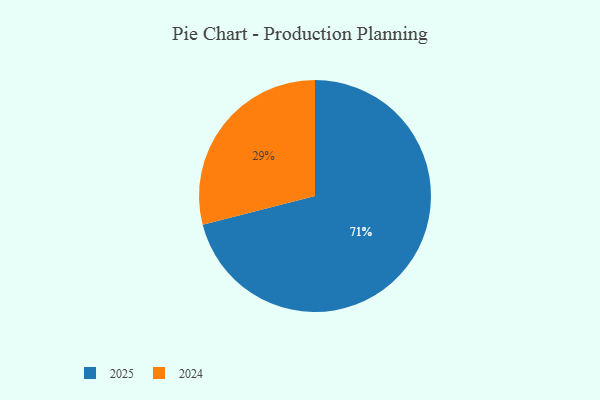
{"axis": {"x": "Category", "y": "Percentage"}, "legend": ["2024", "2025"], "data": [{"x": "2025", "y": 71, "type": "2025"}, {"x": "2024", "y": 29, "type": "2024"}]}